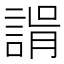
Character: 𧩑